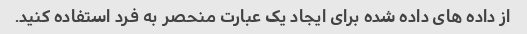
از داده های داده شده برای ایجاد یک عبارت منحصر به فرد استفاده کنید.